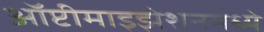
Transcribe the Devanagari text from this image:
ऑप्टीमाइझेशनमध्ये